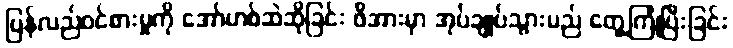
ပြန်လည်ဝင်စားမှုကို အော်ဟစ်ဆဲဆိုခြင်း ဖိအားမှာ အုပ်ချုပ်သွားမည် တွေ့ကြုံပြီးခြင်း